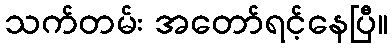
သက်တမ်း အတော်ရင့်နေပြီ။